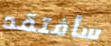
سأفتقد